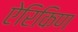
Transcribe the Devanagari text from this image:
ऐरिकिण